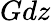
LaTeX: Gdz